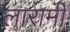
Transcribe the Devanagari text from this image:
लारामी